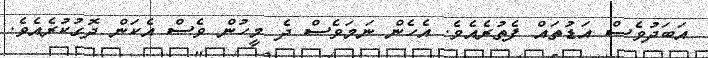
އަބަދުވެސް އަޑުތައް ފެތުރެއެވެ. އެހެން ނަމަވެސް ދެ މީހުން ވެސް އެކަން ދޮގުކުރެއެވެ.